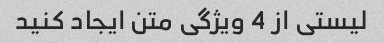
لیستی از 4 ویژگی متن ایجاد کنید